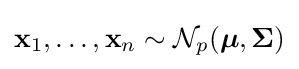
{\mathbf {x} }_{1},\dots ,{\mathbf {x} }_{n}\sim {\mathcal {N}}_{p}({\boldsymbol {\mu }},{\mathbf {\Sigma } })